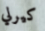
كيرلي